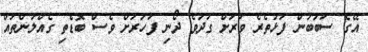
އޭގެ ސަބަބުން ފަޅުތެރެ ވަރަށް ގަދަވެ ދޯނި ފަހަރަށް ވެސް ބޮޑެތި ގެއްލުންތައް